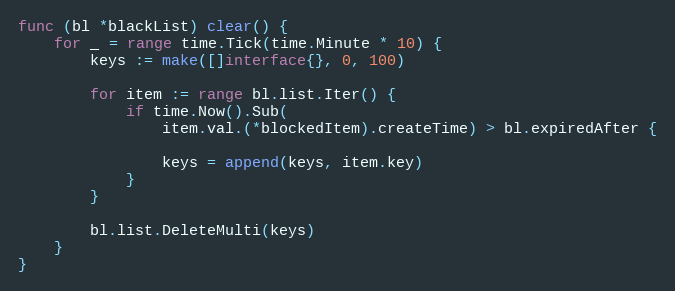
Language: Go
func (bl *blackList) clear() {
	for _ = range time.Tick(time.Minute * 10) {
		keys := make([]interface{}, 0, 100)

		for item := range bl.list.Iter() {
			if time.Now().Sub(
				item.val.(*blockedItem).createTime) > bl.expiredAfter {

				keys = append(keys, item.key)
			}
		}

		bl.list.DeleteMulti(keys)
	}
}